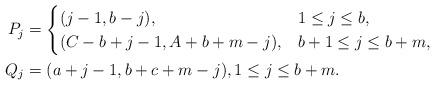
LaTeX: \begin{align*}P_j&=\begin{cases} (j-1,b-j), & 1\leq j\leq b,\\(C-b+j-1,A+b+m-j), & b+1\leq j\leq b+m,\end{cases}\\Q_j&=(a+j-1,b+c+m-j), 1\leq j\leq b+m.\end{align*}